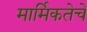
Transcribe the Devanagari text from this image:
मार्मिकतेचे